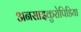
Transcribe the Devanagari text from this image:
अनसाइकुरोपिडिया